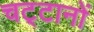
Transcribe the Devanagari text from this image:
चट्‌टानों